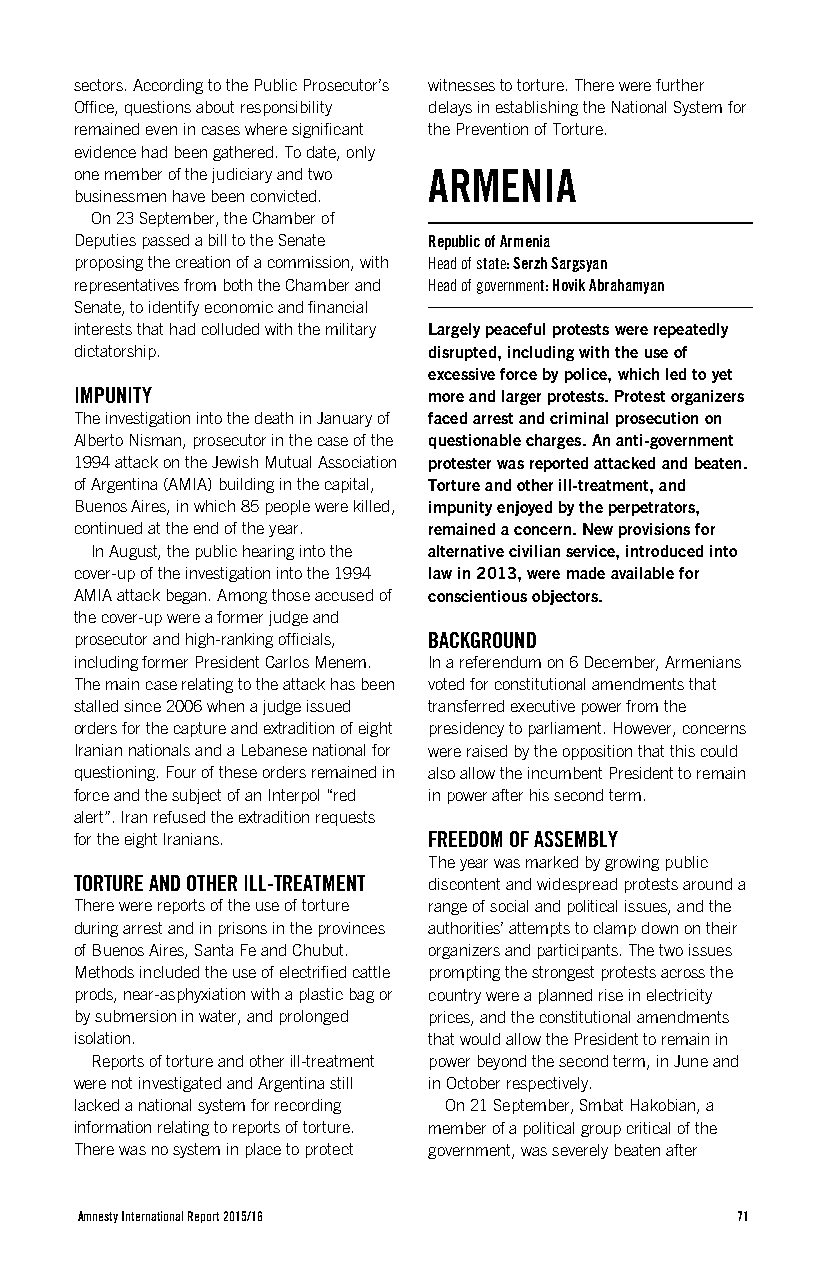
sectors. According to the Public Prosecutor’s witnesses to torture. There were further
 Office, questions about responsibility delays in establishing the National System for
 remained even in cases where significant the Prevention of Torture.
 evidence had been gathered. To date, only
 one member of the judiciary and two ARMENIA
 businessmen have been convicted.
 On 23 September, the Chamber of
 Deputies passed a bill to the Senate Republic of Armenia
 proposing the creation of a commission, with Head of state: Serzh Sargsyan
 representatives from both the Chamber and Head of government: Hovik Abrahamyan
 Senate, to identify economic and financial
 interests that had colluded with the military Largely peaceful protests were repeatedly
 dictatorship.          disrupted, including with the use of
 excessive force by police, which led to yet
 IMPUNITY               more and larger protests. Protest organizers
 The investigation into the death in January of faced arrest and criminal prosecution on
 Alberto Nisman, prosecutor in the case of the questionable charges. An anti-government
 1994 attack on the Jewish Mutual Association protester was reported attacked and beaten.
 of Argentina (AMIA) building in the capital, Torture and other ill-treatment, and
 Buenos Aires, in which 85 people were killed, impunity enjoyed by the perpetrators,
 continued at the end of the year. remained a concern. New provisions for
 In August, the public hearing into the alternative civilian service, introduced into
 cover-up of the investigation into the 1994 law in 2013, were made available for
 AMIA attack began. Among those accused of conscientious objectors.
 the cover-up were a former judge and
 prosecutor and high-ranking officials, BACKGROUND
 including former President Carlos Menem. In a referendum on 6 December, Armenians
 The main case relating to the attack has been voted for constitutional amendments that
 stalled since 2006 when a judge issued transferred executive power from the
 orders for the capture and extradition of eight presidency to parliament. However, concerns
 Iranian nationals and a Lebanese national for were raised by the opposition that this could
 questioning. Four of these orders remained in also allow the incumbent President to remain
 force and the subject of an Interpol “red in power after his second term.
 alert”. Iran refused the extradition requests
 for the eight Iranians. FREEDOM OF ASSEMBLY
 The year was marked by growing public
 TORTURE AND OTHER ILL-TREATMENT discontent and widespread protests around a
 There were reports of the use of torture range of social and political issues, and the
 during arrest and in prisons in the provinces authorities’ attempts to clamp down on their
 of Buenos Aires, Santa Fe and Chubut. organizers and participants. The two issues
 Methods included the use of electrified cattle prompting the strongest protests across the
 prods, near-asphyxiation with a plastic bag or country were a planned rise in electricity
 by submersion in water, and prolonged prices, and the constitutional amendments
 isolation.             that would allow the President to remain in
 Reports of torture and other ill-treatment power beyond the second term, in June and
 were not investigated and Argentina still in October respectively.
 lacked a national system for recording On 21 September, Smbat Hakobian, a
 information relating to reports of torture. member of a political group critical of the
 There was no system in place to protect government, was severely beaten after
 Amnesty International Report 2015/16        71